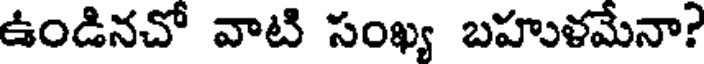
ఉండినచో వాటి సంఖ్య బహుళమేనా?